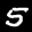
Label: 5